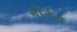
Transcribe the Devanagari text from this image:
मॉर्टम